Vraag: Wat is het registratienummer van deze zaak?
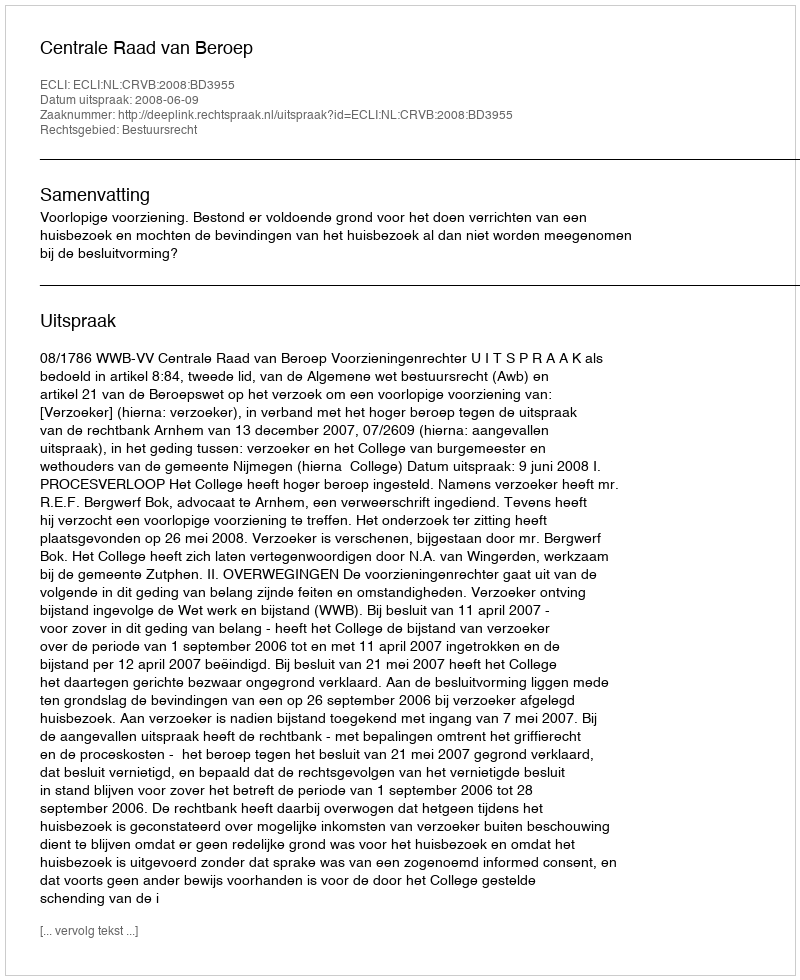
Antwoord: http://deeplink.rechtspraak.nl/uitspraak?id=ECLI:NL:CRVB:2008:BD3955